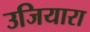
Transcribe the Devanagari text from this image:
उजियारा